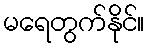
မရေတွက်နိုင်။